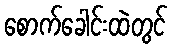
စောက်ခေါင်းထဲတွင်